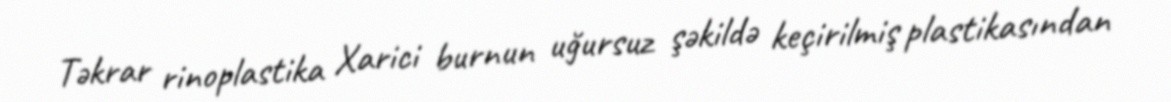
Təkrar rinoplastika Xarici burnun uğursuz şəkildə keçirilmiş plastikasından